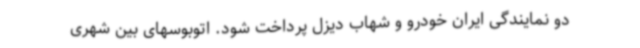
دو نمایندگی ایران خودرو و شهاب دیزل پرداخت شود. اتوبوسهای بین شهری